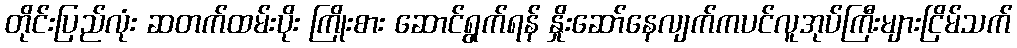
တိုင်းပြည်လုံး ဆတက်ထမ်းပိုး ကြိုးစား ဆောင်ရွက်ရန် နှိုးဆော်နေလျက်ကပင်လူအုပ်ကြီးများငြိမ်သက်